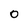
Character: 0